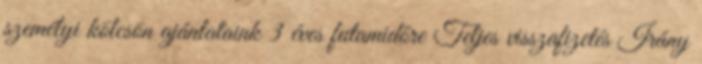
személyi kölcsön ajánlataink 3 éves futamidőre Teljes visszafizetés Irány